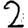
Digit: 2